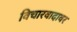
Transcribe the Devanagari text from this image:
विचारवादावर